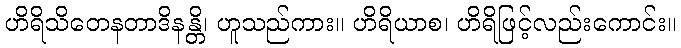
ဟိရိသိတေနတာဒိနန္တိ၊ ဟူသည်ကား။ ဟိရိယာစ၊ ဟိရိဖြင့်လည်းကောင်း။